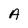
Character: A